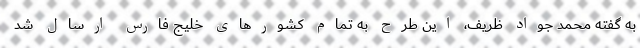
به گفته محمد جواد ظریف، این طرح به تمام کشورهای خلیج فارس ارسال شد